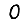
Digit: 0